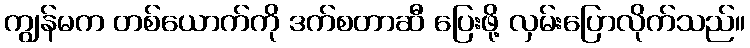
ကျွန်မက တစ်ယောက်ကို ဒက်စတာဆီ ပြေးဖို့ လှမ်းပြောလိုက်သည်။